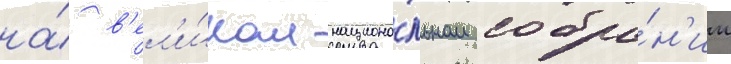
на́ в'ел'и́ком национа́льном собра́н'ии